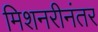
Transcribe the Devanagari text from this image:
मिशनरीनंतर